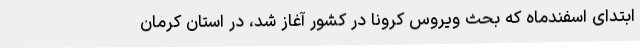
ابتدای اسفندماه که بحث ویروس کرونا در کشور آغاز شد، در استان کرمان